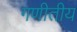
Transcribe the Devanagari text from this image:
गणीतीय